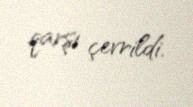
qarşı çevrildi.